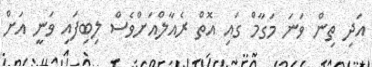
އަދި ތިން ވަނަ މަގާމް ގައި އޮތް ރެއާލްއަށްވެސް ލިބިފައި ވަނީ އަށް